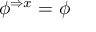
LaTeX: \phi ^ { \Rightarrow x } = \phi